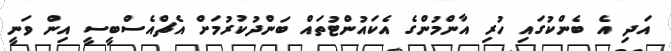
އަދި އެ ބެންކުގައި ހުރި އާންމުންގެ އެކައުންޓުތައް ބަންދުކުރުމަށް އެޗްއެސްބީސީ އިން ވަނީ